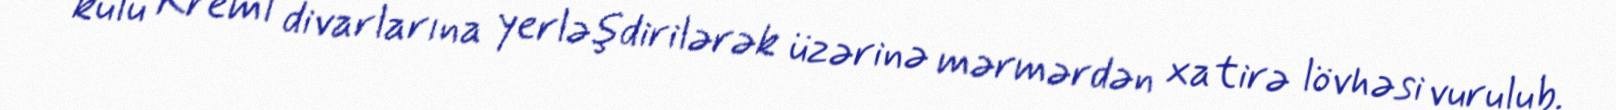
külü Kreml divarlarına yerləşdirilərək üzərinə mərmərdən xatirə lövhəsi vurulub.